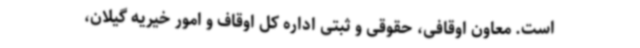
است. معاون اوقافی، حقوقی و ثبتی اداره کل اوقاف و امور خیریه گیلان،